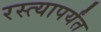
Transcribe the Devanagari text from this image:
रस्त्यापर्यंत